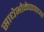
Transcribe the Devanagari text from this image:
साधेभोळेपणाच्या